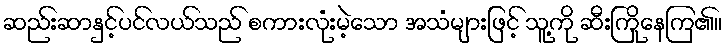
ဆည်းဆာနှင့်ပင်လယ်သည် စကားလုံးမဲ့သော အသံများဖြင့် သူ့ကို ဆီးကြိုနေကြ၏။